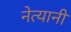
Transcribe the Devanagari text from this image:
नेत्यानी